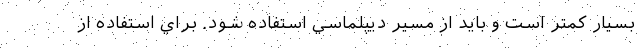
بسيار كمتر است و بايد از مسير ديپلماسي استفاده شود. براي استفاده از